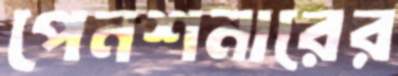
পেনশনারের